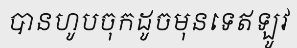
បានហូបចុកដូចមុនទេឥឡូវ